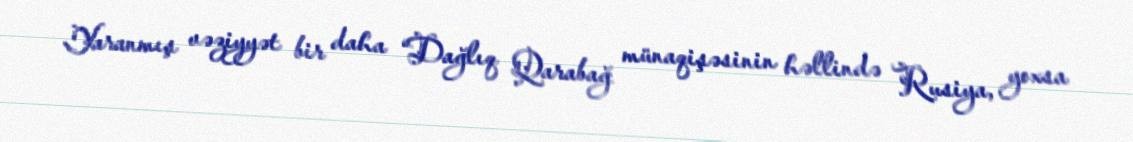
Yaranmış vəziyyət bir daha “Dağlıq Qarabağ münaqişəsinin həllində Rusiya, yoxsa